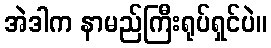
အဲဒါက နာမည်ကြီးရုပ်ရှင်ပဲ။